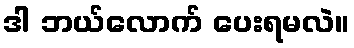
ဒါ ဘယ်လောက် ပေးရမလဲ။